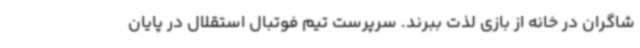
شاگران در خانه از بازی لذت ببرند. سرپرست تیم فوتبال استقلال در پایان